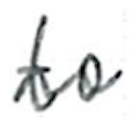
Text: to
Cross-out: wave
Writing tool: ballpoint